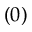
( 0 )